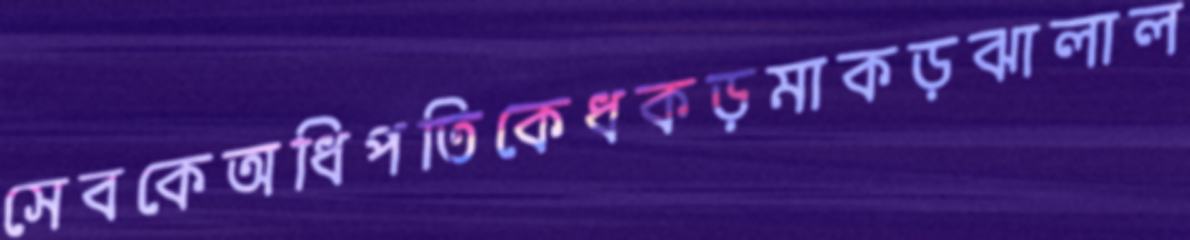
সেবকেঅধিপতিকেধকড়মাকড়ঝালাল